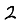
Digit: 2